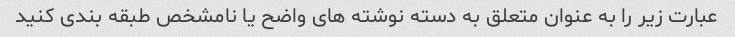
عبارت زیر را به عنوان متعلق به دسته نوشته های واضح یا نامشخص طبقه بندی کنید